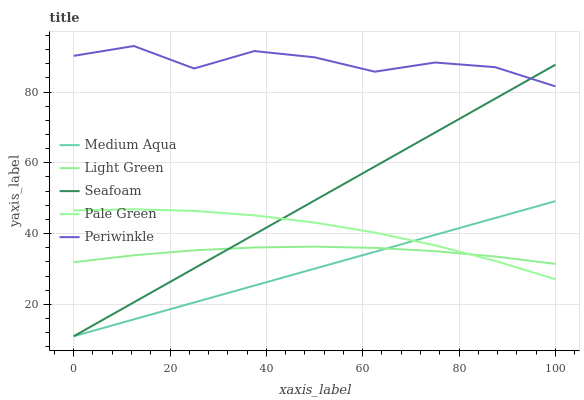
| xaxis_label | Medium Aqua | Light Green | Seafoam | Pale Green | Periwinkle |
 | --- | --- | --- | --- | --- | --- |
 | 0 | 11 | 31.9 | 11 | 46.5 | 90.2 |
 | 12.5 | 15.8 | 33.9 | 20.6 | 46.9 | 93 |
 | 25 | 20.5 | 35.3 | 30.2 | 46.4 | 86.6 |
 | 37.5 | 25.3 | 36.1 | 39.8 | 45.2 | 91.6 |
 | 50 | 30.1 | 36.3 | 49.4 | 43.1 | 89.8 |
 | 62.5 | 34.9 | 36 | 58.9 | 40.3 | 85.7 |
 | 75 | 39.6 | 35 | 68.5 | 36.7 | 88.3 |
 | 87.5 | 44.4 | 33.5 | 78.1 | 32.3 | 87 |
 | 100 | 49.2 | 31.4 | 87.7 | 27.1 | 81.6 |